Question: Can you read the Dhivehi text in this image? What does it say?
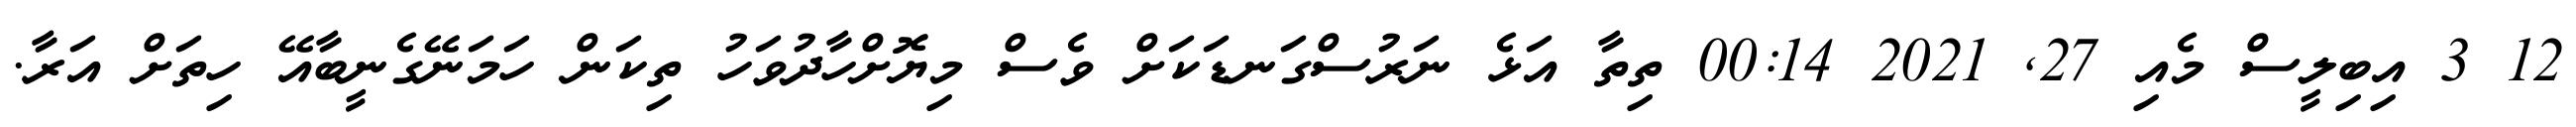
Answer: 12 3 އިބިލީސް މެއި 27, 2021 00:14 ތިތާ އަޅެ ނަރުސްގަނޑަކަށް ވެސް މިޔޮށްހާދުވަހު ތިކަން ހަމަނޭގެނީބާއޭ ހިތަށް އަރާ.